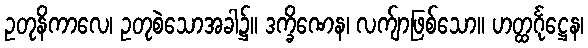
ဥတုနိကာလေ၊ ဥတုစဲသောအခါ၌။ ဒက္ခိဏေန၊ လက်ျာဖြစ်သော။ ဟတ္ထင်္ဂုဋ္ဌေန၊